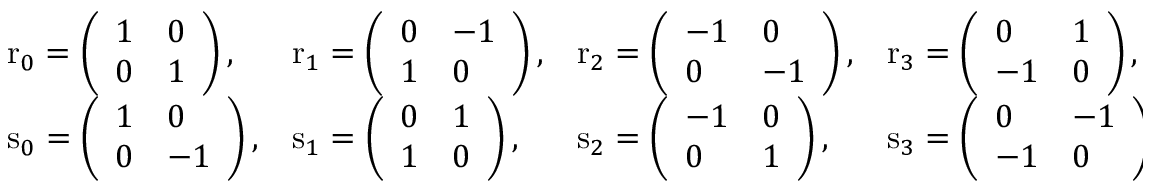
\begin{array} { l l l l } { \mathrm { r } _ { 0 } = \left( { \begin{array} { l l } { 1 } & { 0 } \\ { 0 } & { 1 } \end{array} } \right) , } & { \mathrm { r } _ { 1 } = \left( { \begin{array} { l l } { 0 } & { - 1 } \\ { 1 } & { 0 } \end{array} } \right) , } & { \mathrm { r } _ { 2 } = \left( { \begin{array} { l l } { - 1 } & { 0 } \\ { 0 } & { - 1 } \end{array} } \right) , } & { \mathrm { r } _ { 3 } = \left( { \begin{array} { l l } { 0 } & { 1 } \\ { - 1 } & { 0 } \end{array} } \right) , } \\ { \mathrm { s } _ { 0 } = \left( { \begin{array} { l l } { 1 } & { 0 } \\ { 0 } & { - 1 } \end{array} } \right) , } & { \mathrm { s } _ { 1 } = \left( { \begin{array} { l l } { 0 } & { 1 } \\ { 1 } & { 0 } \end{array} } \right) , } & { \mathrm { s } _ { 2 } = \left( { \begin{array} { l l } { - 1 } & { 0 } \\ { 0 } & { 1 } \end{array} } \right) , } & { \mathrm { s } _ { 3 } = \left( { \begin{array} { l l } { 0 } & { - 1 } \\ { - 1 } & { 0 } \end{array} } \right) . } \end{array}